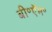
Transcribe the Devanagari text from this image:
बी॰ऍम॰